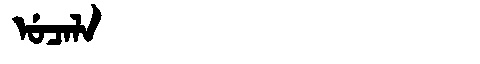
Manchu: ᡠᠴᠠᠯᠠ
Romanization: UCALA